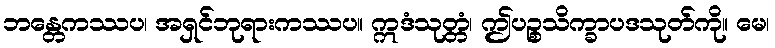
ဘန္တေကဿပ၊ အရှင်ဘုရားကဿပ။ ဣဒံသုတ္တံ၊ ဤပဉ္စသိက္ခာပဒသုတ်ကို။ မေ၊